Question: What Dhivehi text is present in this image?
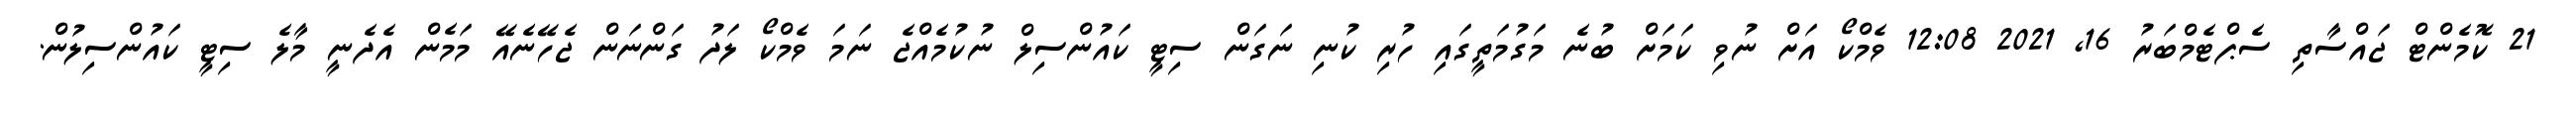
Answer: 21 ކޮމެންޓް ޖައްސާތި ސެޕްޓެމްބަރު 16, 2021 12:08 ވެމްކޯ އަށް ނުވި ކަމަށް ބުނެ މަގުމަތީގައި ހުރި ކުނި ނަގަން ސިޓީ ކައުންސިލް ނުކުމެއްޖެ ނަމަ ވެމްކޯ ލަދު ގަންނަން ޖެހޭނެއޭ މަމެން އެދެނީ މާލެ ސިޓީ ކައުންސިލުން.